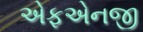
એફએનજી